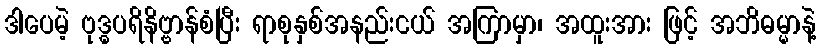
ဒါပေမဲ့ ဗုဒ္ဓပရိနိဗ္ဗာန်စံပြီး ရာစုနှစ်အနည်းငယ် အကြာမှာ၊ အထူးအား ဖြင့် အဘိဓမ္မာနဲ့